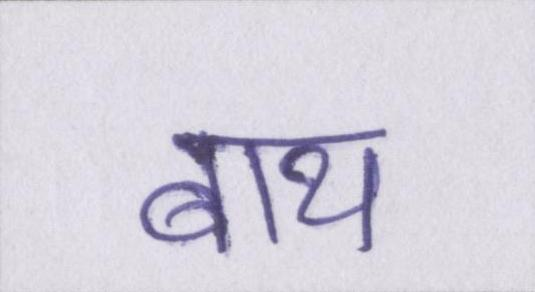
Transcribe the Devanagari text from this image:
बाथ